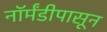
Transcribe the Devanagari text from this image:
नॉर्मंडीपासून